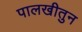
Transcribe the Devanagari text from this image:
पालखीतुन